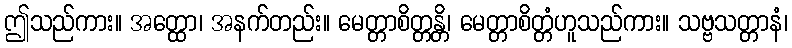
ဤသည်ကား။ အတ္ထော၊ အနက်တည်း။ မေတ္တာစိတ္တန္တိ၊ မေတ္တာစိတ္တံဟူသည်ကား။ သဗ္ဗသတ္တာနံ၊